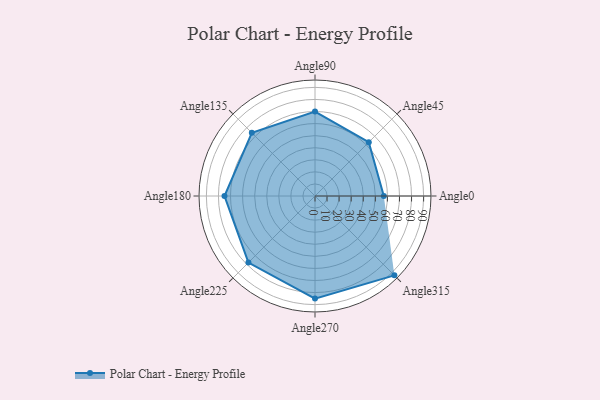
{"axis": {"x": "Angle", "y": "Radius"}, "legend": [""], "data": [{"x": "Angle0", "y": 57.0, "type": ""}, {"x": "Angle45", "y": 63.0, "type": ""}, {"x": "Angle90", "y": 70.0, "type": ""}, {"x": "Angle135", "y": 74.0, "type": ""}, {"x": "Angle180", "y": 75.0, "type": ""}, {"x": "Angle225", "y": 78.0, "type": ""}, {"x": "Angle270", "y": 85.0, "type": ""}, {"x": "Angle315", "y": 93.0, "type": ""}]}